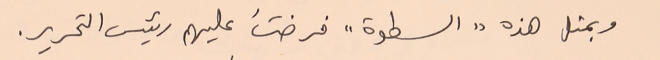
وبمثل هذه "السطوة" فرضتَ عليهم رئيس التحرير.